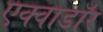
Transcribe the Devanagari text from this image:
एक्वाडॉर